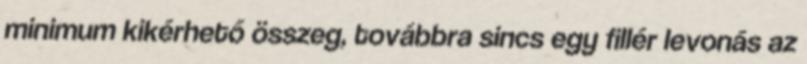
minimum kikérhető összeg, továbbra sincs egy fillér levonás az